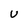
Character: U